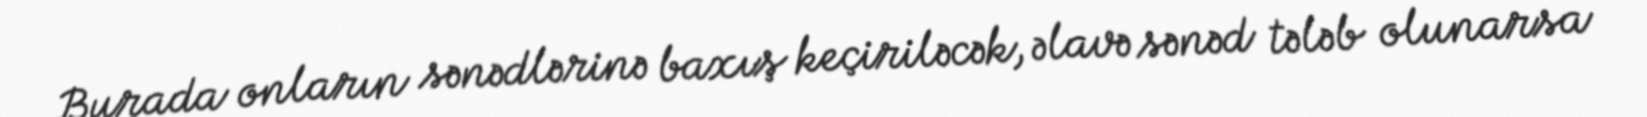
Burada onların sənədlərinə baxış keçiriləcək, əlavə sənəd tələb olunarsa